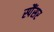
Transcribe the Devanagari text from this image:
स्पैंसर